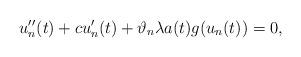
LaTeX: \begin{align*}u''_{n}(t) + c u'_{n}(t) + \vartheta_{n} \lambda a(t) g(u_{n}(t)) = 0,\end{align*}